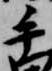
手